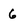
Character: 6